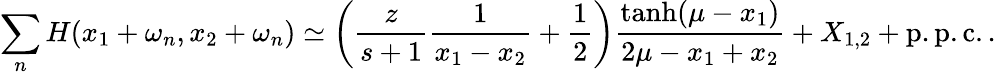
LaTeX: \sum_{n}H(x_{1}+\omega_{n},x_{2}+\omega_{n})\simeq\left(\frac{z}{s+1}\frac{1}{x_{1}-x_{2}}+\frac{1}{2}\right)\frac{\operatorname{tanh}(\mu-x_{1})}{2\mu-x_{1}+x_{2}}+X_{1,2}+\mathrm{p.p.c.}\, .